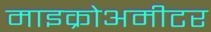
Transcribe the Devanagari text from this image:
माइक्रोअमीटर